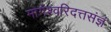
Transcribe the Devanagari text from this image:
मोगेश्वरिदत्तसंज्ञं